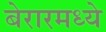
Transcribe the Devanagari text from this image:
बेरारमध्ये